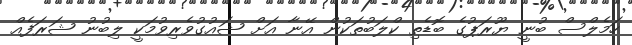
ހަމެލްސް ބުނީ ޔޫރަޕުގެ ބޮޑެތި ކްލަބުތަކުން އޭނާ އަށް ޝައުގުވެރިވުމަކީ ލިބުނު ޝަރަފެއް